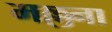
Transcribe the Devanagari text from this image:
मल्लना